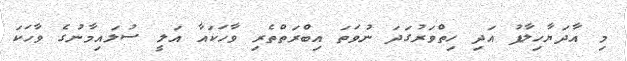
މި އާދަޔާހިލާފު އަދި ހިތްވަރުގަދަ ނުވަތަ އިބްރަތްތެރި ވާހަކައާ އަލީ ސުލައިމާނުގެ ވާހަކަ